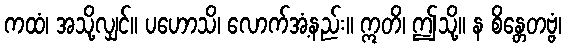
ကထံ၊ အသို့လျှင်။ ပဟောသိ၊ လောက်အံ့နည်း။ ဣတိ၊ ဤသို့။ န စိန္တေတဗ္ဗံ၊